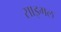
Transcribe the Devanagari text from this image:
साइगल